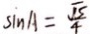
\sin A = \frac { \sqrt { 5 } } { 4 }